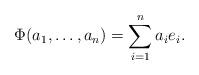
LaTeX: \begin{align*} \Phi(a_1,\ldots,a_n) = \sum_{i=1}^n a_i e_i.\end{align*}